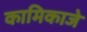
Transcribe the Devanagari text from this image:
कामिकाजे